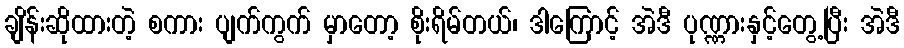
ချိန်းဆိုထားတဲ့ စကား ပျက်ကွက် မှာတော့ စိုးရိမ်တယ်၊ ဒါကြောင့် အဲဒီ ပုဏ္ဏားနှင့်တွေ့ပြီး အဲဒီ